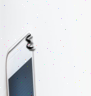
٤